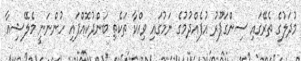
މުދަލުގެ ތެރޭގައި ސިންގަޕޫރު އުފެއްދުމުގެ ނަމުގައި ވިއްކާ ތަކެތި ބަންދުކޮއްފައި ހުންނަނީ މެލޭޝިއާ